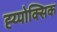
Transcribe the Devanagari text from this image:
ह्य्पोक्सिक